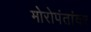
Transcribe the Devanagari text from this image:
मोरोपंतांवर